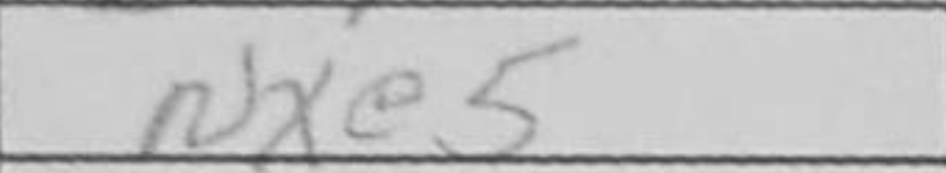
Transcription: Nxe5